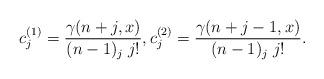
LaTeX: \begin{align*}c^{(1)}_j=\frac{\gamma(n+j,x)}{(n-1)_j\;j!}, c^{(2)}_j=\frac{\gamma(n+j-1,x)}{(n-1)_j\;j!}.\end{align*}